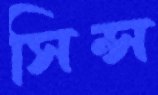
সিন্স